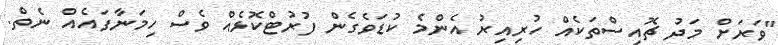
"ވަރަށް މަދު ޗޮއިސްތަކެއް ހުރިއިރު އެންމެ ކުޑަވެގެން ފުރުޓްކޮޅެއް ވެސް ހިމަނާފައެއް ނެތް.